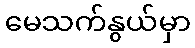
မေသက်နွယ်မှာ